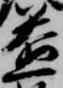
益